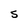
Character: S